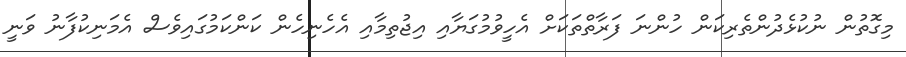
މިގޮތުން ނުކުޅެދުންތެރިކަން ހުންނަ ފަރާތްތަކަށް އެހީވުމުގަޔާއި އިޖުތިމާއި އެހެނިހެން ކަންކަމުގައިވެސް އެމަނިކުފާނު ވަނީ